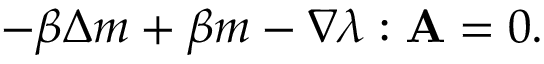
- \beta \Delta m + \beta m - \nabla \boldsymbol { \lambda } : \mathbf { A } = 0 .